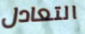
التعادل